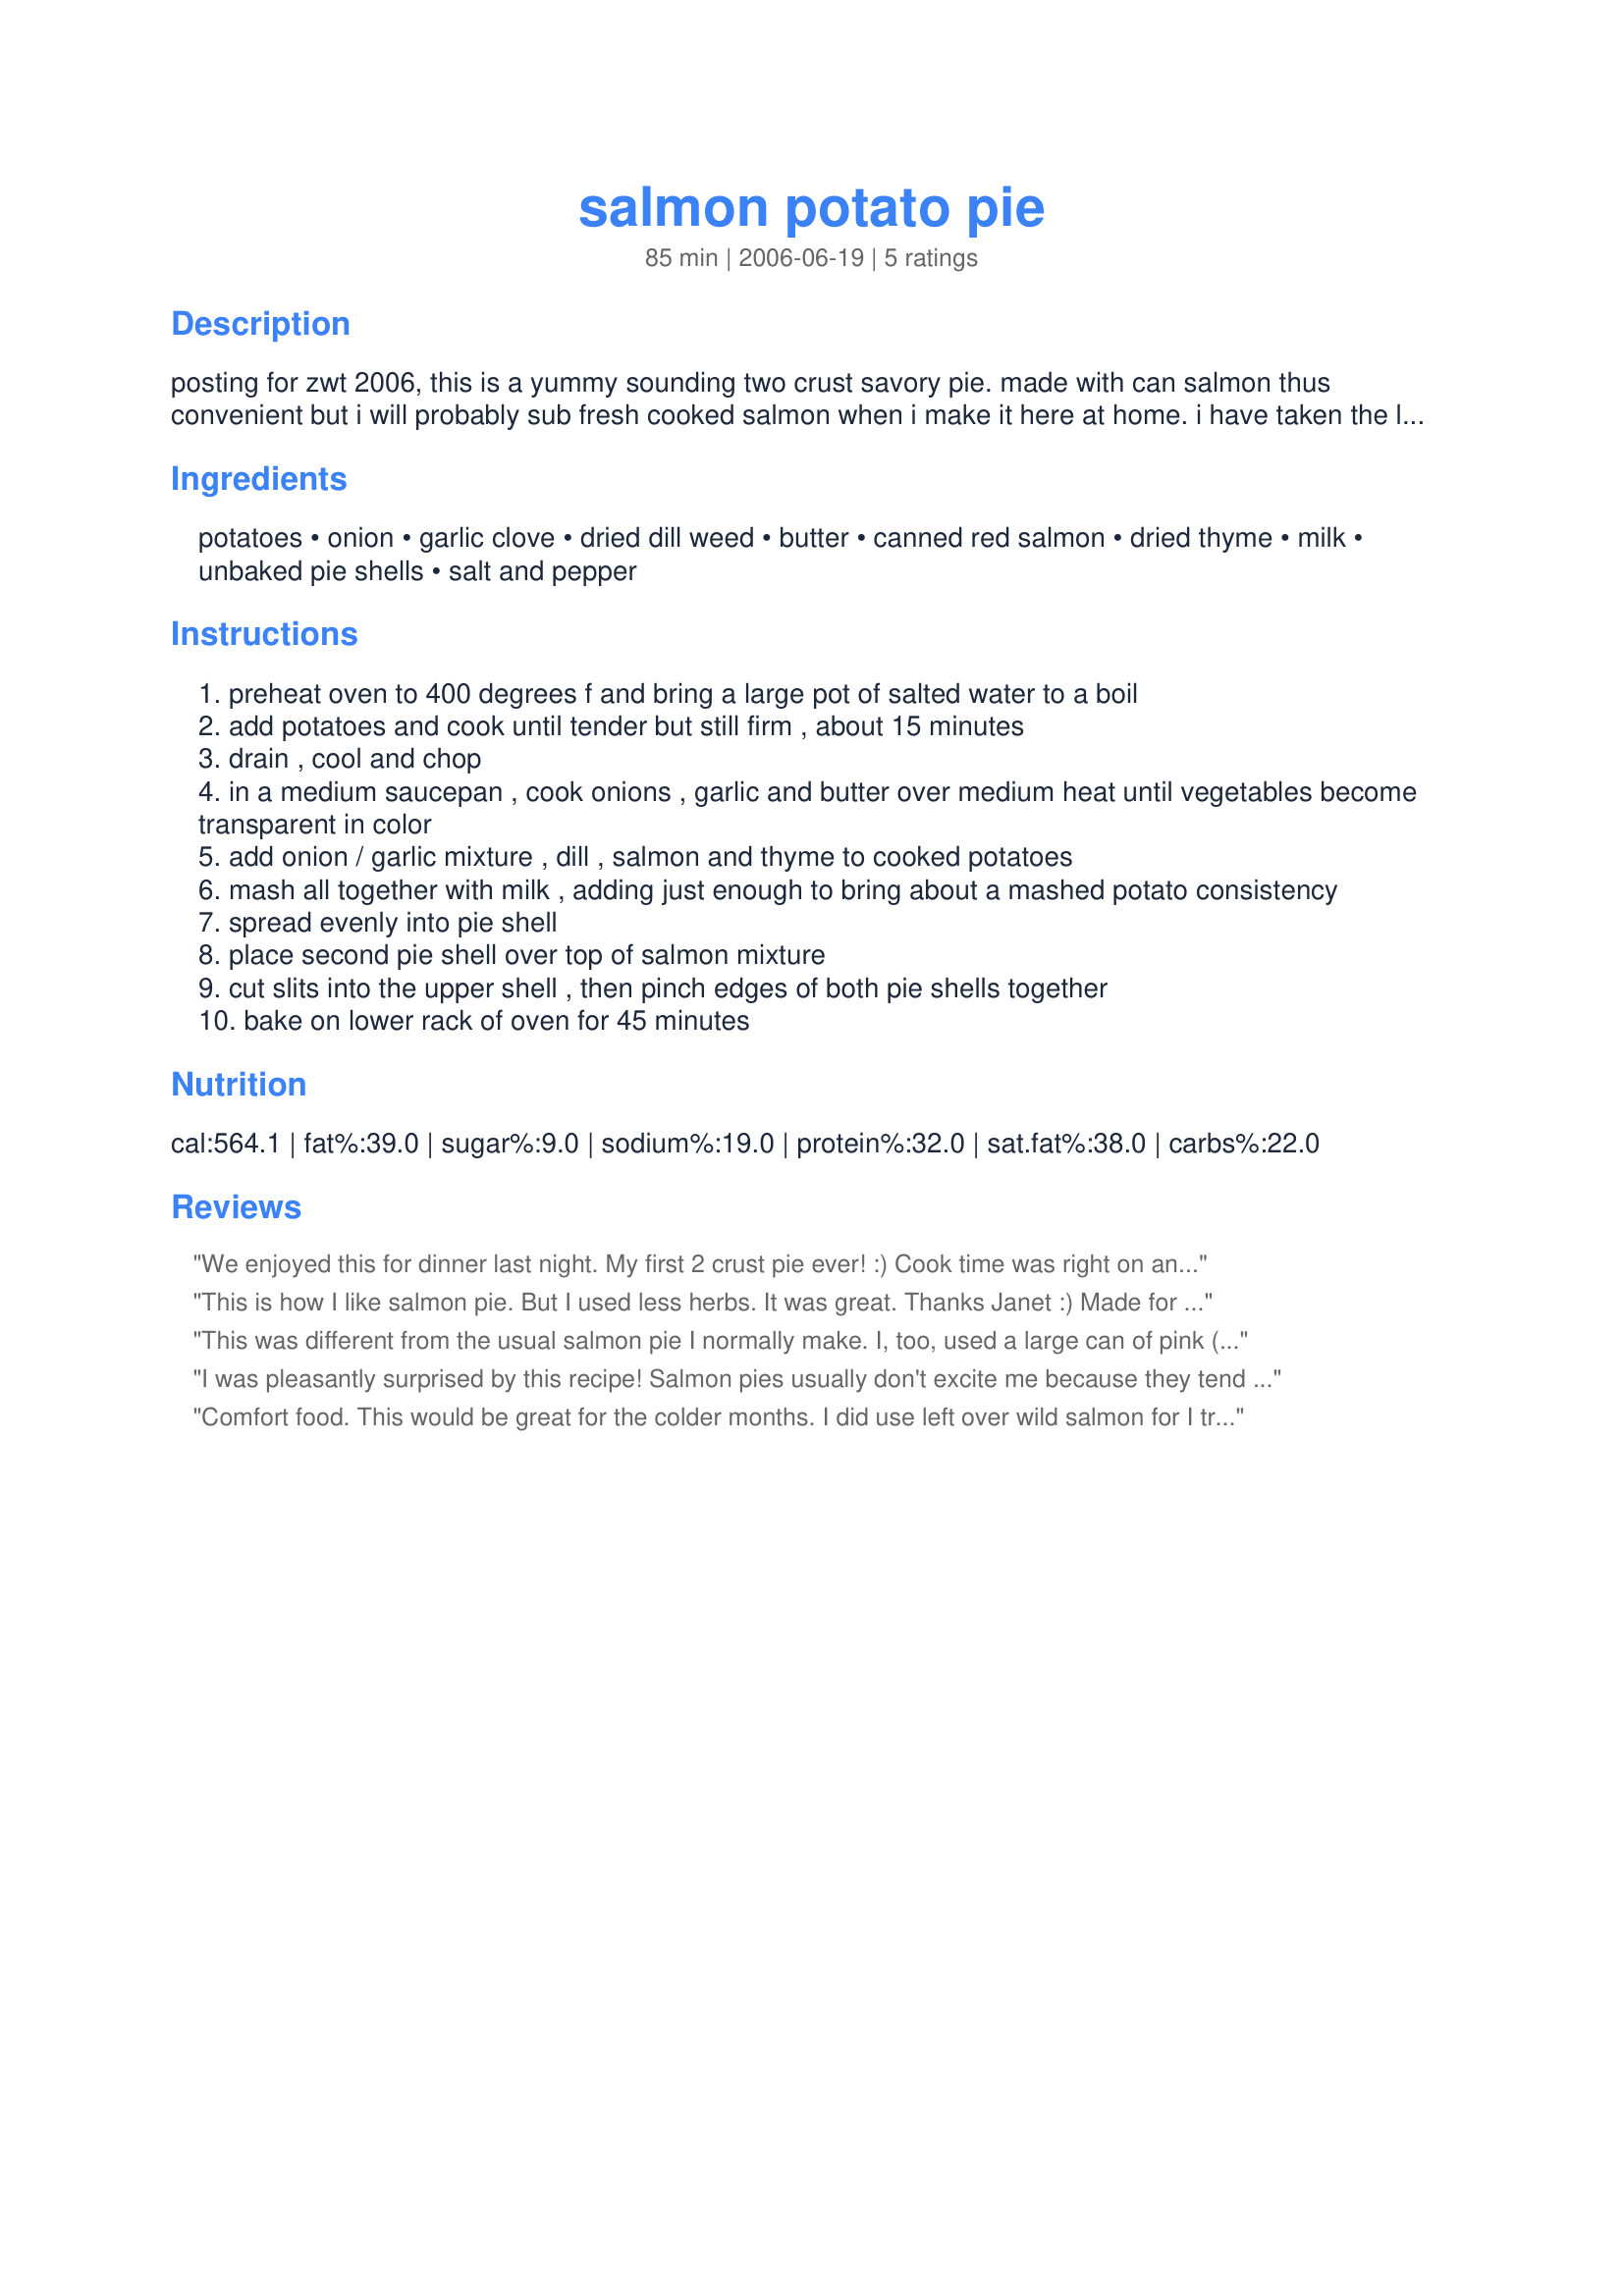
salmon potato pie
Preparation time: 85 minutes

posting for zwt 2006, this is a yummy sounding two crust savory pie. made with can salmon thus convenient but i will probably sub fresh cooked salmon when i make it here at home. i have taken the liberty of adding some dill into the ingredient list.

Ingredients:
potatoes, onion, garlic clove, dried dill weed, butter, canned red salmon, dried thyme, milk, unbaked pie shells, salt and pepper

Steps:
preheat oven to 400 degrees f and bring a large pot of salted water to a boil
add potatoes and cook until tender but still firm , about 15 minutes
drain , cool and chop
in a medium saucepan , cook onions , garlic and butter over medium heat until vegetables become transparent in color
add onion / garlic mixture , dill , salmon and thyme to cooked potatoes
mash all together with milk , adding just enough to bring about a mashed potato consistency
spread evenly into pie shell
place second pie shell over top of salmon mixture
cut slits into the upper shell , then pinch edges of both pie shells together
bake on lower rack of oven for 45 minutes

Reviews:
We enjoyed this for dinner last night. My first 2 crust pie ever! :) Cook time was right on and I thought everything came together really easily. We thought the flavor was good and DH gave it a thumbs up too. I think it would be really great served with a newburg sauce!
This is how I like salmon pie. But I used less herbs. It was great. Thanks Janet :) Made for Name that ingredient tag game
This was different from the usual salmon pie I normally make. I, too, used a large can of pink (not red) salmon but it was the addition of the herbs my family didn't care for. I'm not a salmon pie eater so this recipe was reviewed by my hubby and GD. Sorry, I wish I could have done better by you. TFS, others have loved it and more will too. Made this pie for ZWT3 British/Irish regional.
I was pleasantly surprised by this recipe! Salmon pies usually don't excite me because they tend to be too bland for me, but this one was really good. I had actually picked this recipe to make for my Gram because she's a big fan of salmon pie, and this one was no different. I guess my potatoes were kind of on the large side, and I used about double the amount of salmon because I didn't pay attention to the can size until it was too late, so I had quite a bit of filling (I probably could've made two thinner pies instead of one really stuffed one). Gram didn't mind, though, since she started eating the filling before I even got to assemble the pie! I liked that this was so simple to make, too, so I would definitely consider making this again. Gram says thank you for posting this recipe! :)
Comfort food. This would be great for the colder months. I did use left over wild salmon for I try not to use canned foods.(Watching salt intake)! I made 1/2 the recipe with 1 pie shell. Making a rustic style pie by laying the filling on the dough and bringing the dough up and over pinching where needed. I found it fun and pretty cool looking check out the picture! Be sure to check for salt and pepper being filling into the pie shell! Thanks!
